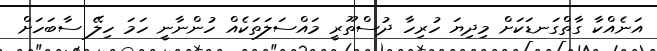
އަނެއްކާ ގާތްގަނޑަކަށް މިދިޔަ ހުރިހާ ދުސްތޫރީ މައްސަލަތަކެއް ހުންނާނީ ހަމަ ހިލޭ ސާބަހަށް